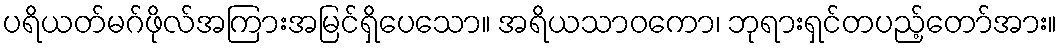
ပရိယတ်မဂ်ဖိုလ်အကြားအမြင်ရှိပေသော။ အရိယသာဝကော၊ ဘုရားရှင်တပည့်တော်အား။